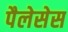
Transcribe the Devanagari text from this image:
पैलेसेस